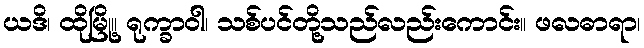
ယဒိ၊ ထိုမြို့။ ရုက္ခာဝါ၊ သစ်ပင်တို့သည်လည်းကောင်း။ ဖလဓာရာ၊